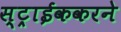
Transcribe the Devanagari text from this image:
स्ट्राईककरने